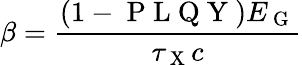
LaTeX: \beta=\frac{(1-\mathrm{~P~L~Q~Y~})E_{\mathrm{~G~}}}{\tau_{\mathrm{~X~}}c}